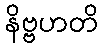
နိဗ္ဗဟတိ